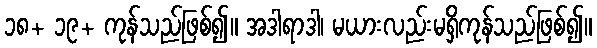
၁၈+ ၁၉+ ကုန်သည်ဖြစ်၍။ အဒါရာဒါ၊ မယားလည်းမရှိကုန်သည်ဖြစ်၍။